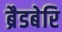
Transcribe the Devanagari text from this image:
ब्रैडबेरि